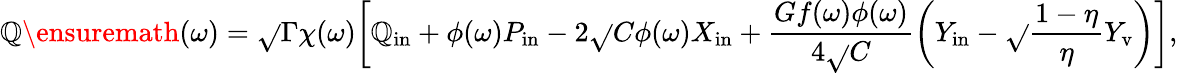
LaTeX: \mathbb{Q}\ensuremath{{\left(\omega\right)}}=\sqrt{}{{\Gamma}}\chi(\omega)\bigg[\mathbb{Q}_{\mathrm{{in}}}+\phi(\omega)P_{\mathrm{{in}}}-2\sqrt{}{{C}}\phi(\omega)X_{\mathrm{{in}}}+\frac{{Gf(\omega)\phi(\omega)}}{{4\sqrt{}{{C}}}}\left(Y_{\mathrm{{in}}}-\sqrt{}{{\frac{{1-\eta}}{{\eta}}}}Y_{\mathrm{{v}}}\right)\bigg],